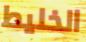
الخليط